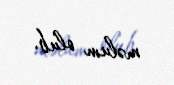
məlum olub.